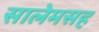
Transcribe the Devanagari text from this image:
सालेमसह